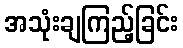
အသုံးချကြည့်ခြင်း